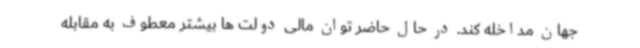
جهان مداخله کند. در حال حاضر توان مالی دولت ها بیشتر معطوف به مقابله